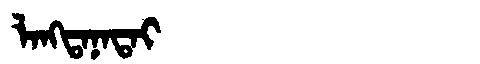
Manchu: ᠯᠠᠩᡨᠠᠨᠠᡨᠠᡳ
Romanization: LANGTANATAI